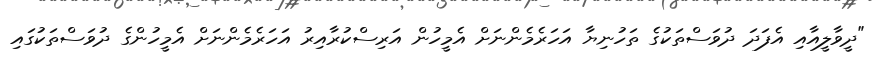
"ދީވާލީއާއި އެފަދަ ދުވަސްތަކުގެ ތަހުނިޔާ އަހަރެމެންނަށް އެމީހުން އަރިސްކުރާއިރު އަހަރެމެންނަށް އެމީހުންގެ ދުވަސްތަކުގައި